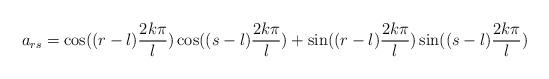
LaTeX: \begin{align*}a_{rs} = \cos ((r - l)\frac{{2k\pi }}{l})\cos ((s - l)\frac{{2k\pi }}{l}) + \sin ((r - l)\frac{{2k\pi }}{l})\sin ((s - l)\frac{{2k\pi }}{l})\end{align*}